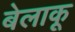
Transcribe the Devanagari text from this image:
बेलाकू